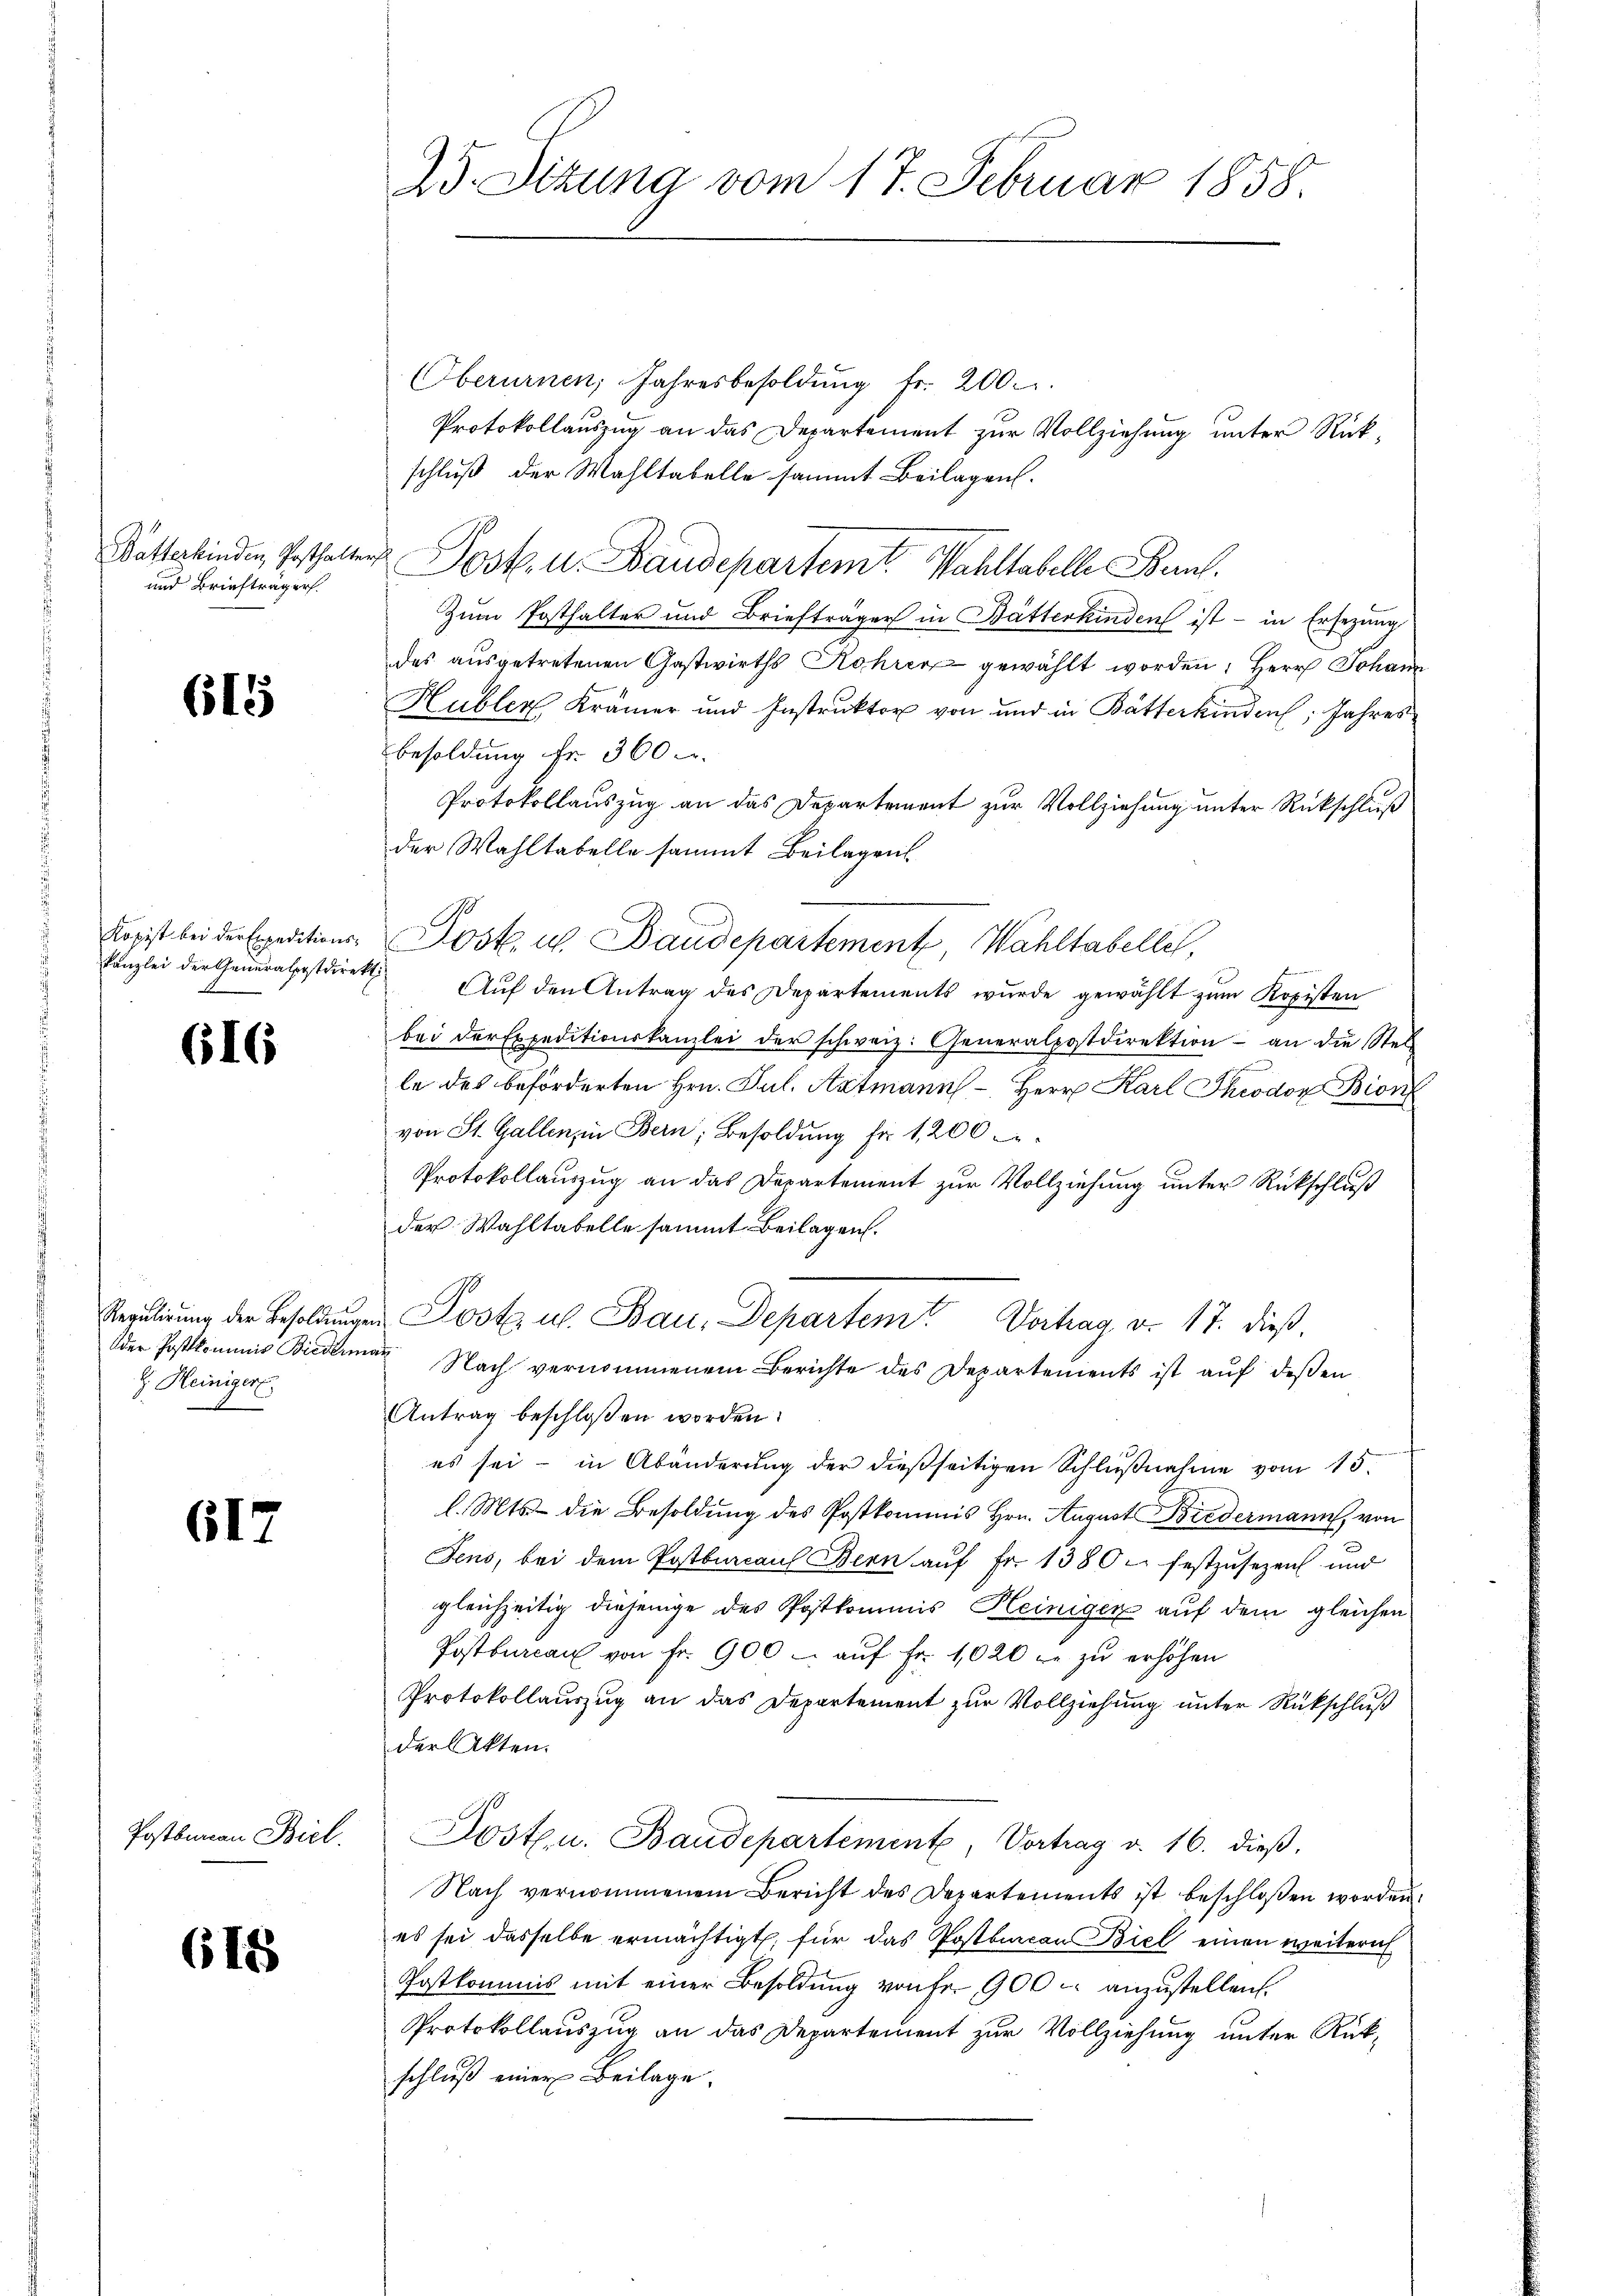
Batterkinden Posthalte
und Briefträger.

615

Kopist bei der Expeditionskanzlei der Generalpostdire

616

Regulirung der Besoldungen
der Postkommnis Biedern
z. Heinigert

617

Postbureau Biel.

615

25. Situng vom 17. Februar 1858.

Oberurnen, Jahresbesoldŭng fr. 200.
Protokollauszug an das Departement zur Vollziehung unter Rückschluß der Wahltabelle sammt Beilagen.
u Jost u. Baudepartemte Wahltabelle Bern
Zum Posthalter und Briefträger in Bätterkinden ist - in Ersezung
des ausgetretenen Gastwirths Rohrer gewählt worden, Herr Johann
Hubler Krämer und Instruktor von und in Butterkinden Jahres
Besoldung fr. 360 u.
Protokollauszug an das Departement zur Vollziehung unter Rückschluß
der Wahltabelle sammt Beilagens
Dost. u. Baudepartement, Wahltabelle,
 Aŭf den Antrag des Departements wurde gewählt zum Kopisten
bei der Expeditionskanzlei der schweiz. Generalpostdirektion an die Stel
le des beförderten Hrn. Jul. Artmann Herr Karl Theodor Bion
von St. Gallen, in Bern, Besoldung für 1200
Protokollauszug an das Departement zur Vollziehung unter Rückschluß
der Wahltabelle sammt Beilagen.
Post u. Bau, Departem Vortrag v. 17. dieß,
a
Nach vernommenem Berichte des Departements ist auf deßen
Antrag beschloßen worden.
es sei - in Abänderung der dießseitigen Schlußnahme vom 15.
l. Mts. die Besoldung des Postkommis Hrn. August Biedermann, von
Jens, bei dem Postburcaul Bern aŭf Fr. 1380 festzusezen und
gleichzeitig diejenige des Postkommis Kleinigen auf dem gleichen
Postbureau von fr. 900. aŭf Fr. 1020 r zŭ erhöhen
Protokollauszug an das Departement zur Vollziehung unter Rückschluß
der Akten.
Posten. Baudepartement, Vortrag d. 16. dieß,
Nach vernommenem Bericht des Departements ist beschlossen worden.
es sei dasselbe ermächtigt, für das Postburcan Biel einen weitern
Postkommis mit einer Besoldung von Fr. 900 anzustellen.
Protokollauszug an das Departement zur Vollziehung unter Rückschluß einer Beilage.